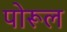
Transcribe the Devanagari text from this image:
पोरूल